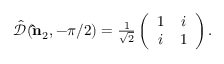
\begin{array} { r } { \hat { \mathcal { D } } ( { \bf \hat { n } } _ { 2 } , - \pi / 2 ) = \frac { 1 } { \sqrt { 2 } } \left( \begin{array} { c c } { 1 } & { i } \\ { i } & { 1 } \end{array} \right) . } \end{array}